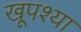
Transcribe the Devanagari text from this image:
खूपश्या